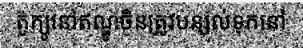
តូក្យូនៅឥណ្ឌូចិនត្រូវបន្សល់ទុកនៅ